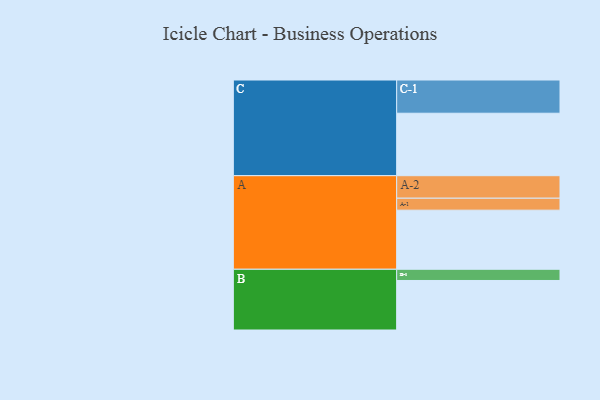
{"axis": {"x": "Segment", "y": "Value"}, "legend": ["", "A", "B", "C"], "data": [{"x": "A", "y": 475, "type": ""}, {"x": "B", "y": 398, "type": ""}, {"x": "C", "y": 502, "type": ""}, {"x": "A-1", "y": 96, "type": "A"}, {"x": "A-2", "y": 181, "type": "A"}, {"x": "B-1", "y": 90, "type": "B"}, {"x": "C-1", "y": 267, "type": "C"}]}